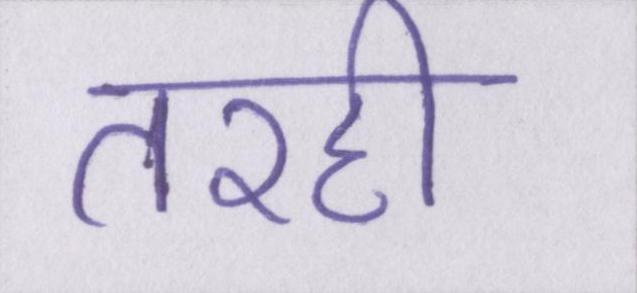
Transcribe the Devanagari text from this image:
तरही